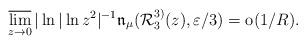
LaTeX: \begin{align*}\varlimsup_{z \to 0} |\ln|\ln z^2|^{-1} \mathfrak{n}_\mu (\mathcal{R}_3^{3)}(z), \varepsilon/3) = \hbox{o} (1/R) . \end{align*}